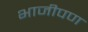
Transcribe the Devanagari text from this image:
भाजीपण